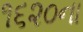
૧૬૨૦ના